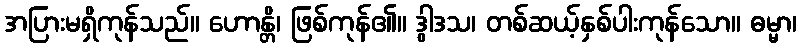
အပြားမရှိကုန်သည်။ ဟောန္တိ၊ ဖြစ်ကုန်၏။ ဒွါဒသ၊ တစ်ဆယ့်နှစ်ပါးကုန်သော။ ဓမ္မာ၊